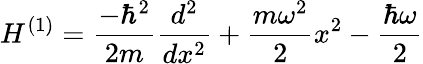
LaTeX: H^{(1)}={\frac{-\hbar^{2}}{2m}}{\frac{d^{2}}{dx^{2}}}+{\frac{m\omega^{2}}{2}}x^{2}-{\frac{\hbar\omega}{2}}